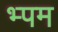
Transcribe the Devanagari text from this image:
भ्पम